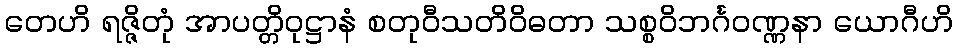
တေဟိ ရဇ္ဇိတုံ အာပတ္တိဝုဋ္ဌာနံ စတုဝီသတိဝိဓတာ သစ္စဝိဘင်္ဂဝဏ္ဏနာ ယောဂီဟိ